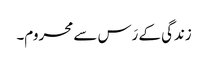
زندگی کے رَس سے محروم۔